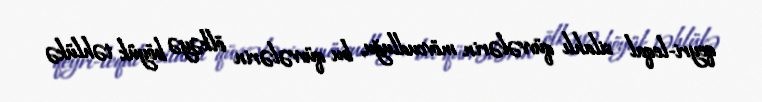
qeyri-leqal silahlı qüvvələrin mövcudluğu, bu qüvvələrin ölkəyə böyük təhlükə